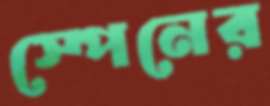
স্পেনের